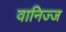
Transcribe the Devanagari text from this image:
वानिज्ज